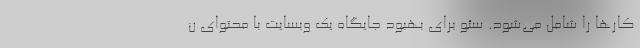
کارها را شامل می‌شود. سئو برای بهبود جایگاه یک وبسایت با محتوای ن